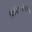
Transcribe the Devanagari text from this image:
विचित्रवीर्याला